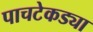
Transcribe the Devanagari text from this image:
पाचटेकड्या